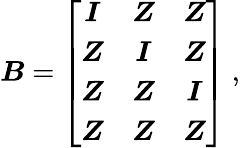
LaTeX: \boldsymbol{B}=\left[\begin{array}{ccc}{\boldsymbol{I}}&{\boldsymbol{Z}}&{\boldsymbol{Z}}\\ {\boldsymbol{Z}}&{\boldsymbol{I}}&{\boldsymbol{Z}}\\ {\boldsymbol{Z}}&{\boldsymbol{Z}}&{\boldsymbol{I}}\\ {\boldsymbol{Z}}&{\boldsymbol{Z}}&{\boldsymbol{Z}}\end{array}\right]\mathrm{~,~}